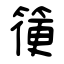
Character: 箯